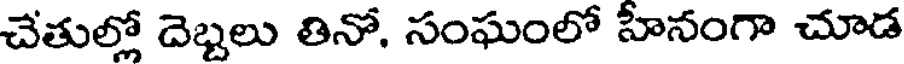
చేతుల్లో దెబ్బలు తినో. సంఘంలో హీనంగా చూడ